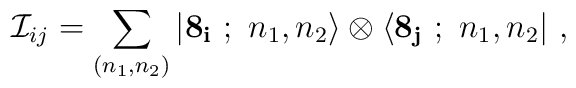
{\cal I}_{ij}=\sum\limits_{(n_1,n_2)} |{\bf 8_i}\ ;\ n_1,n_2\rangle\otimes\langle{\bf 8_j}\ ;\ n_1,n_2|\ ,